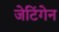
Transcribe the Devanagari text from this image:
जेटिंगेन